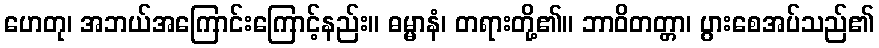
ဟေတု၊ အဘယ်အကြောင်းကြောင့်နည်း။ ဓမ္မာနံ၊ တရားတို့၏။ ဘာဝိတတ္တာ၊ ပွားစေအပ်သည်၏